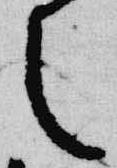
之